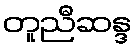
တူညီဆန္ဒ